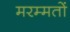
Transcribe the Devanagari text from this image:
मरम्मतों